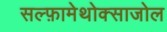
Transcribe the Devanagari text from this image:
सल्‍फ़ामेथोक्‍साजोल